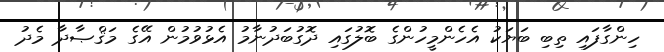
ހިންގާފައި ތިބި ބަޔަކު އެހެންމީހުންގެ ބޮލުގައި ދޮގުބަދުނާމު އެޅުވުމުން އޭގެ މަޤްޞާދާ މެދު